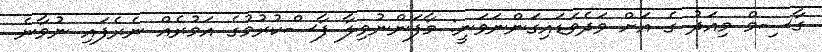
ގާސިމް މިއަދު ގެ އަށް ވަދެވަޑައިގަންނަވަނީ: މާފަންނުވިލާ ފާސްކުރުމުގެ އަމުރެއް ނެރެފައި ނުވާނެ